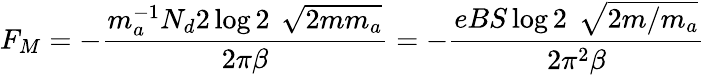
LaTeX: F_{M}=-\frac{m_{a}^{-1}N_{d}2\log 2\, \ \sqrt{2mm_{a}}}{2\pi\beta}=-\frac{eBS\log 2\, \ \sqrt{2m/m_{a}}}{2\pi^{2}\beta}